Indian journal of veterinary science and animal husbandry - Volume 3,
Year: 1933
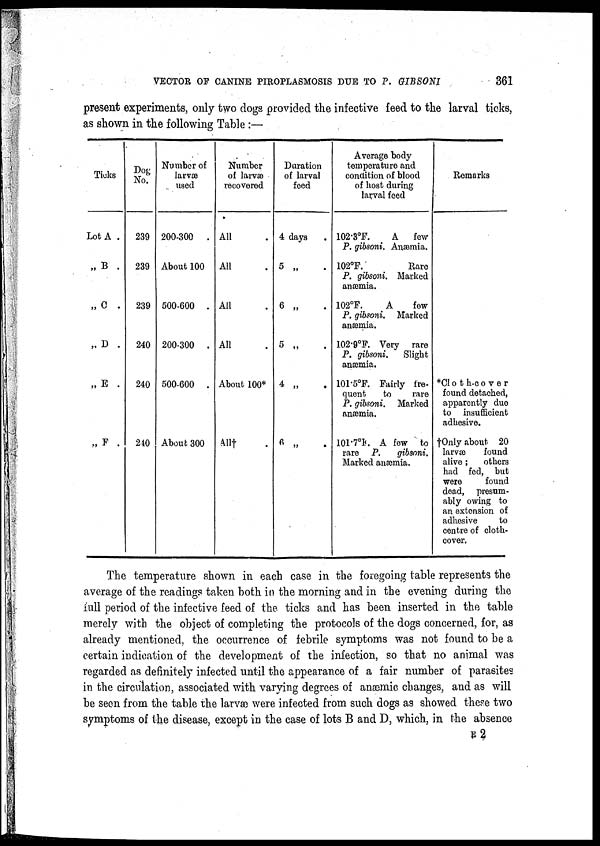
VECTOR OF CANINE PIROPLASMOSIS DUE TO P. GIBSONI
361
present experiments, only two dogs provided the infective feed to the larval ticks,
as shown in the following Table :—
Ticks
Lot A .
„ B .
„ C .
„ D .
„ E
„ F .
Dog
No.
239
239
239
240
240
240
Number of
larvæ
used
200-300 .
About 100
500-600 .
200-300 .
500-600 .
About 300
Number
of larvæ
recovered
All .
All .
All .
All .
About 100*
All† .
Duration
of larval
feed
4 days .
5 „ .
6 „ .
5 „ .
4 „ .
6 „ .
Average body
temperature and
condition of blood
of host during
larval feed
102.3°F. . A
few
P. gibsoni. Anæmia.
102°F.
Rare
P. gibsoni. Marked
anæmia.
102°F.
A
few
P. gibsoni. Marked
anæmia.
102.9 o F. Very rare
P. gibsoni.
Slight
anæmia.
101.5°F. Fairly fre-
quent
to
rare
P. gibsoni. Marked
anæmia.
101.7°F. A few to
rare P.
gibsoni.
Marked anæmia.
Remarks
*Cloth-cover
found detached,
apparently due
to
insufficient
adhesive.
†Only about 20
larvæ
found
alive;
others
had fed, but
were
found
dead, presum-
ably owing to
an extension of
adhesive
to
centre of cloth-
cover.
The temperature shown in each case in the foregoing table represents the
average of the readings taken both in the morning and in the evening during the
full period of the infective feed of the ticks and has been inserted in the table
merely with the object of completing the protocols of the dogs concerned, for, as
already mentioned, the occurrence of febrile symptoms was not found to be a
certain indication of the development of the infection, so that no animal was
regarded as definitely infected until the appearance of a fair number of parasites
in the circulation, associated with varying degrees of anæmic changes, and as will
be seen from the table the larvæ were infected from such dogs as showed these two
symptoms of the disease, except in the case of lots B and D, which, in the absence
E 2